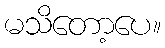
မသိတော့ပေ။